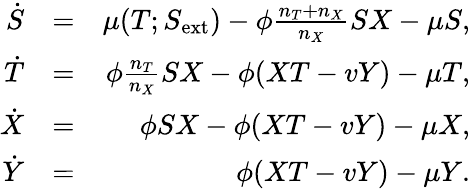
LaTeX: \begin{array}{rlr}{\dot{S}}&{=}&{\mu(T;S_{\mathrm{ext}})-\phi\frac{n_{T}+n_{X}}{n_{X}}SX-\mu S,}\\ {\dot{T}}&{=}&{\phi\frac{n_{T}}{n_{X}}SX-\phi(XT-vY)-\mu T,}\\ {\dot{X}}&{=}&{\phi SX-\phi(XT-vY)-\mu X,}\\ {\dot{Y}}&{=}&{\phi(XT-vY)-\mu Y.}\end{array}